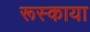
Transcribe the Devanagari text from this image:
रूस्काया